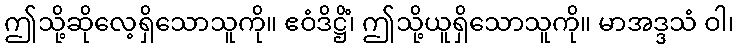
ဤသို့ဆိုလေ့ရှိသောသူကို။ ဧဝံဒိဋ္ဌိံ၊ ဤသို့ယူရှိသောသူကို။ မာအဒ္ဒသံ ဝါ၊